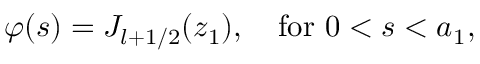
\varphi ( s ) = { \cal J } _ { l + 1 / 2 } ( z _ { 1 } ) , \quad \mathrm { f o r } \ 0 < s < a _ { 1 } ,